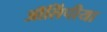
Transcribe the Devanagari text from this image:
ऑलिंपीया